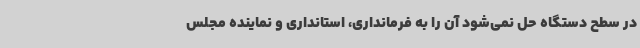
در سطح دستگاه حل نمی‌شود آن را به فرمانداری، استانداری و نماینده مجلس